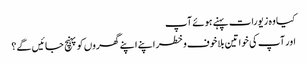
کیا وہ زیورات پہنے ہوئے آپ
اور آپ کی خواتین بلاخوف وخطر اپنے اپنے گھروں کو پہنچ جائیں گے؟